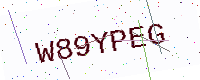
Text: W89YPEG